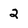
Character: 2